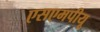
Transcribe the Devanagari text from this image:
एसएमपीयू